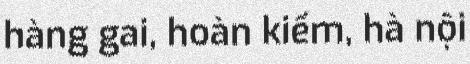
hàng gai, hoàn kiếm, hà nội